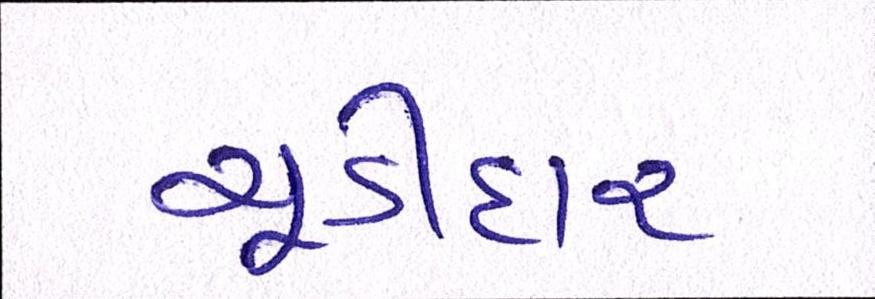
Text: ચૂડીદાર